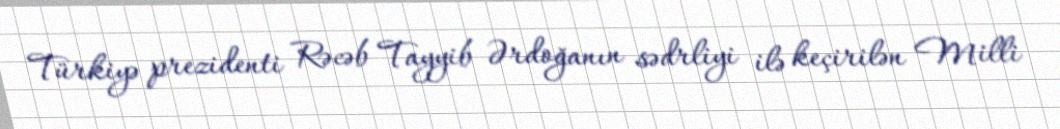
Türkiyə prezidenti Rəcəb Tayyib Ərdoğanın sədrliyi ilə keçirilən Milli